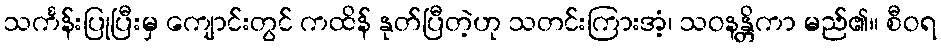
သင်္ကန်းပြုပြီးမှ ကျောင်းတွင် ကထိန် နုတ်ပြီတဲ့ဟု သတင်းကြားအံ့၊ သဝနန္တိကာ မည်၏။ စီဝရ